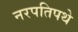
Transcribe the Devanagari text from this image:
नरपतिपथे